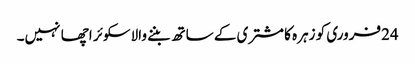
24فروری کو زہرہ کا مشتری کے ساتھ بننے والاسکوئر اچھا نہیں۔